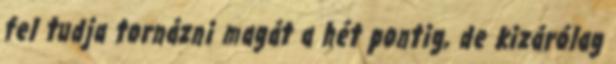
fel tudja tornázni magát a hét pontig, de kizárólag